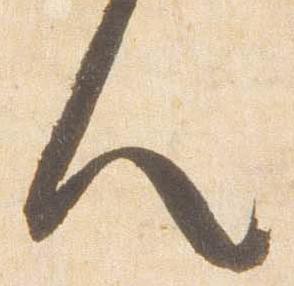
人